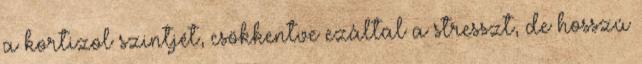
a kortizol szintjét, csökkentve ezáltal a stresszt, de hosszú